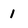
Character: 1